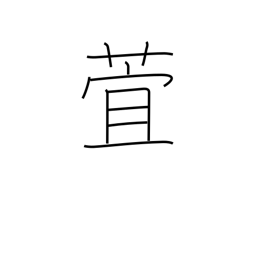
Meaning: day lily